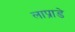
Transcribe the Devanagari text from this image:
लाप्राडे